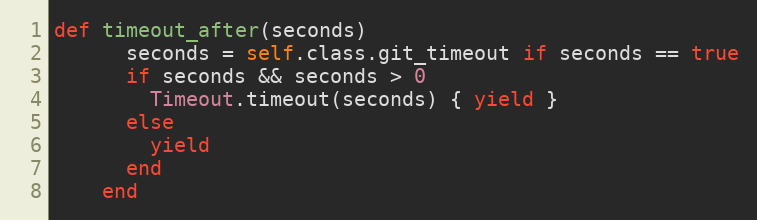
Language: Ruby
def timeout_after(seconds)
      seconds = self.class.git_timeout if seconds == true
      if seconds && seconds > 0
        Timeout.timeout(seconds) { yield }
      else
        yield
      end
    end